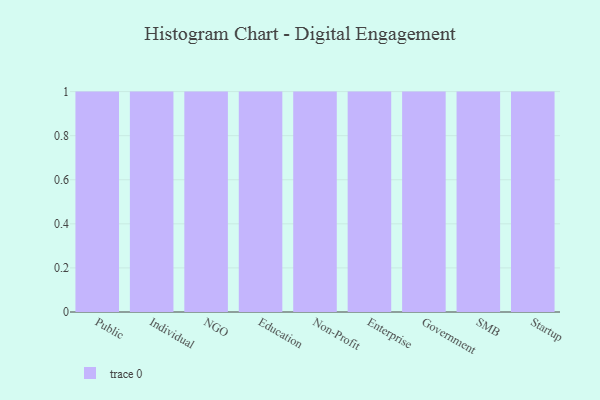
{"axis": {"x": "Segment", "y": "Shipments"}, "legend": [""], "data": [{"x": "Public", "y": 89, "type": ""}, {"x": "Individual", "y": 20, "type": ""}, {"x": "NGO", "y": 10, "type": ""}, {"x": "Education", "y": 95, "type": ""}, {"x": "Non-Profit", "y": 79, "type": ""}, {"x": "Enterprise", "y": 51, "type": ""}, {"x": "Government", "y": 19, "type": ""}, {"x": "SMB", "y": 49, "type": ""}, {"x": "Startup", "y": 48, "type": ""}]}